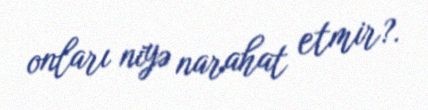
onları niyə narahat etmir?.